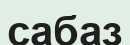
сабаз